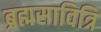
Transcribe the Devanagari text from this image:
ब्रह्मसावित्रि